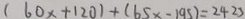
( 6 0 x + 1 2 0 ) + ( 6 5 x - 1 9 5 ) = 2 4 2 3